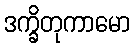
ဒက္ခိတုကာမော